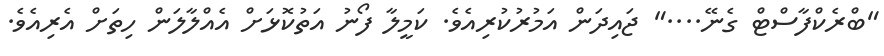
"ބްރެކްފާސްޓް ގެނޭ...." ޖައިދަން އަމުރުކުރިއެވެ. ކަމީލާ ފޯނު އަތުކޮޅަށް އެއްލާލަން ހިތަށް އެރިއެވެ.